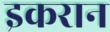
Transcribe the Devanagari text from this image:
इकरान